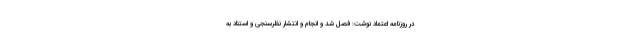
در روزنامه اعتماد نوشت: فصل شد و انجام و انتشار نظرسنجی و استناد به